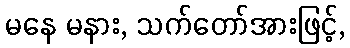
မနေ မနား, သက်တော်အားဖြင့်,